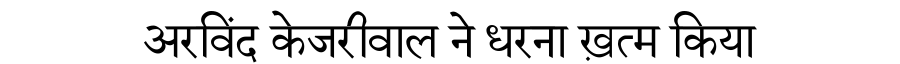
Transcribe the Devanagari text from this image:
अरविंद केजरीवाल ने धरना ख़त्म किया